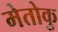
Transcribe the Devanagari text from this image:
मेतोकु